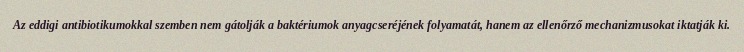
Az eddigi antibiotikumokkal szemben nem gátolják a baktériumok anyagcseréjének folyamatát, hanem az ellenőrző mechanizmusokat iktatják ki.